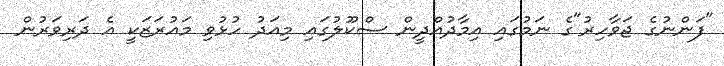
"ފަންނުގެ ޖަވާހިރު"ގެ ނަމުގައި އިމާދުއްދީން ސްކޫލުގައި މިއަދު ހުޅުވި މައުރަޒަކީ އެ ދަރިވަރުން